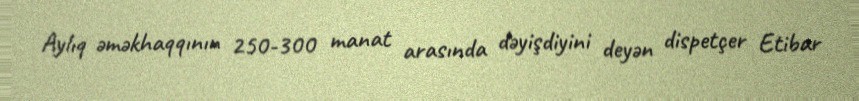
Aylıq əməkhaqqının 250-300 manat arasında dəyişdiyini deyən dispetçer Etibar